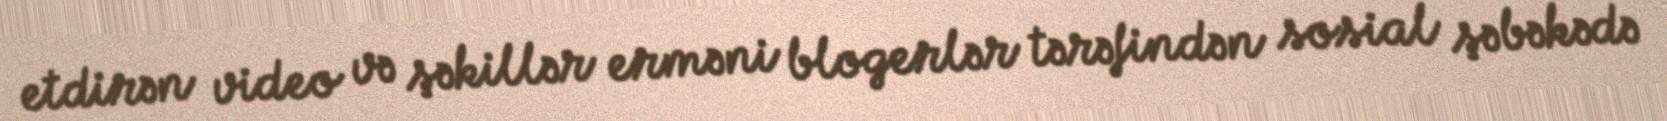
etdirən video və şəkillər erməni blogerlər tərəfindən sosial şəbəkədə